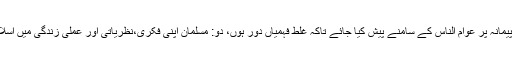
ایک: اسلام کی تعلیمات کو بڑے پیمانہ پر عوام الناس کے سامنے پیش کیا جائے تاکہ غلط فہمیاں دور ہوں، دو: مسلمان اپنی فکری،نظریاتی اور عملی زندگی میں اسلام کو مکمل طور پر اختیار کریں۔